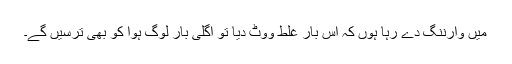
میں وارننگ دے رہا ہوں کہ اس بار غلط ووٹ دیا تو اگلی بار لوگ ہوا کو بھی ترسیں گے۔